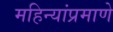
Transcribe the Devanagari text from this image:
महिन्यांप्रमाणे